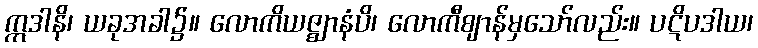
ဣဒါနိ၊ ယခုအခါ၌။ လောကိယဇ္ဈာနံပိ၊ လောကီဈာန်မှသော်လည်း။ ပဋိပဒါယ၊